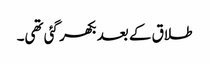
طلاق کے بعد بکھر گئی تھی۔